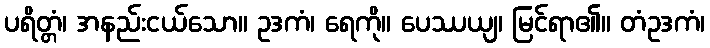
ပရိတ္တံ၊ အနည်းငယ်သော။ ဥဒကံ၊ ရေကို။ ပေဿယျ၊ မြင်ရာ၏။ တံဥဒကံ၊